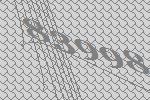
83998